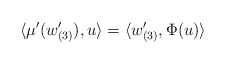
\begin{align*}\langle \mu^{\prime}(w_{(3)}^{\prime}),u\rangle&=\langle w_{(3)}^{\prime},\Phi(u)\rangle\end{align*}